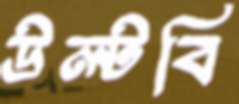
উল্‌টবি